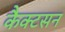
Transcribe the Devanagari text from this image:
कैक्टसन